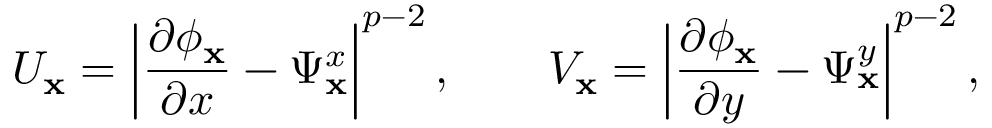
U _ { \mathbf { x } } = \left\lvert \frac { \partial \phi _ { \mathbf { x } } } { \partial x } - \Psi _ { \mathbf { x } } ^ { x } \right\rvert ^ { p - 2 } , \qquad V _ { \mathbf { x } } = \left\lvert \frac { \partial \phi _ { \mathbf { x } } } { \partial y } - \Psi _ { \mathbf { x } } ^ { y } \right\rvert ^ { p - 2 } ,